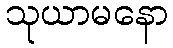
သုယာမနော